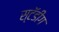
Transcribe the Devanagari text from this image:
स्टॅडींग